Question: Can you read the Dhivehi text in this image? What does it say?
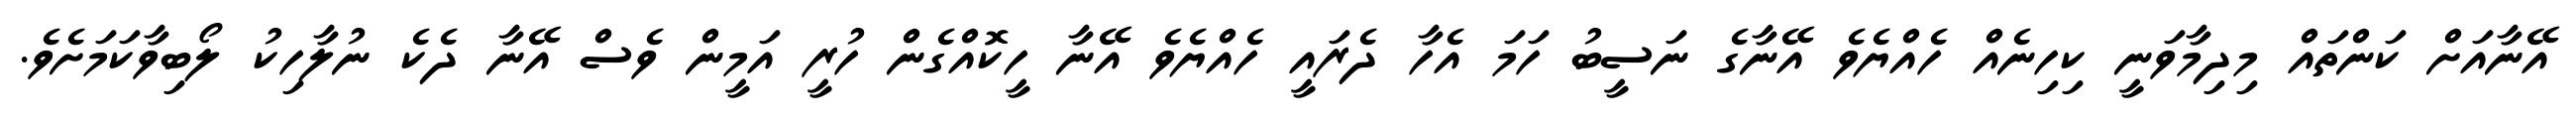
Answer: އޭނާއަށް ކަންތައް މިދިމާވަނީ ކިހިނެއް ހެއްޔެވެ އޭނާގެ ނަސީބު ހަމަ އެހާ ދެރައީ ހެއްޔެވެ އޭނާ ހީކޮއްގެން ހުރީ އަމީން ވެސް އޭނާ ދެކެ ނުލާހިކު ލޯބިވާކަމަށެވެ.